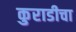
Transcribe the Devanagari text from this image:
कुराडीचा